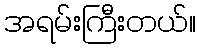
အရမ်းကြီးတယ်။